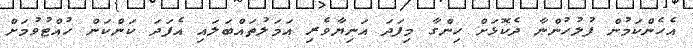
އެހެންކަމުން ފުލުހުންނާ ދެކޮޅަށް ހިންގާ މިފަދަ އަނިޔާވެރި އަމަލުތައްބަލައި އެފަދަ ކަންކަން ހުއްޓުވުމަށް